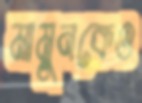
মামুনকেও